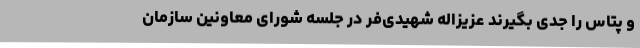
و پتاس را جدی بگیرند عزیزاله شهیدی‌فر در جلسه شورای معاونین سازمان